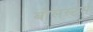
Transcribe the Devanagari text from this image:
बोलस्टर्स